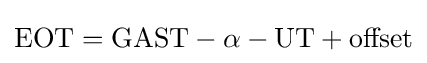
\mathrm {EOT} =\mathrm {GAST} -\alpha -\mathrm {UT} +\mathrm {offset}